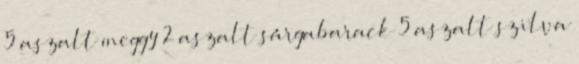
5 aszalt meggy 2 aszalt sárgabarack 5 aszalt szilva